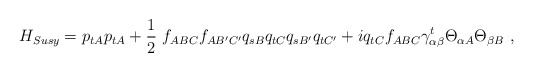
\begin{align*}H_{Susy} = p_{tA} p_{tA} + \frac{1}{2}\ f_{ABC} f_{AB'C'} q_{sB} q_{tC} q_{sB'} q_{tC'} + iq_{tC} f_{ABC} \gamma_{\alpha\beta}^t \Theta_{\alpha A} \Theta_{\beta B}\ ,\end{align*}